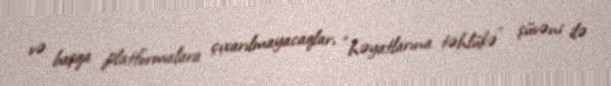
və başqa platformalara çıxarılmayacaqlar, “həyatlarına təhlükə” şüvəni ilə